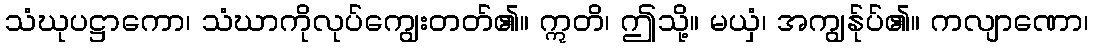
သံဃုပဋ္ဌာကော၊ သံဃာကိုလုပ်ကျွေးတတ်၏။ ဣတိ၊ ဤသို့။ မယှံ၊ အကျွန်ုပ်၏။ ကလျာဏော၊